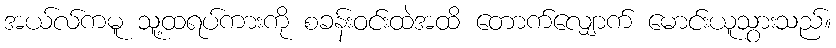
အယ်လ်ကမူ သူ့ထရပ်ကားကို စခန်းဝင်းထဲအထိ တောက်လျှောက် မောင်းယူသွားသည်။